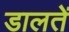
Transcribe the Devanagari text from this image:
डालतें